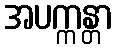
အပက္ကန္တာ